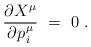
LaTeX: \begin{align*} \frac{\partial X^\mu}{\partial p\>\!_i^\mu}~=~0~. \end{align*}